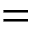
=